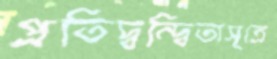
প্রতিদ্বন্দ্বিতাসূত্রে